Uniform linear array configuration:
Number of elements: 48
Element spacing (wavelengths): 0.75
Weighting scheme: hann
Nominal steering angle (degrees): -45
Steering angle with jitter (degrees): -44.048
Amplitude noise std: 0.05
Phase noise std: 0.05

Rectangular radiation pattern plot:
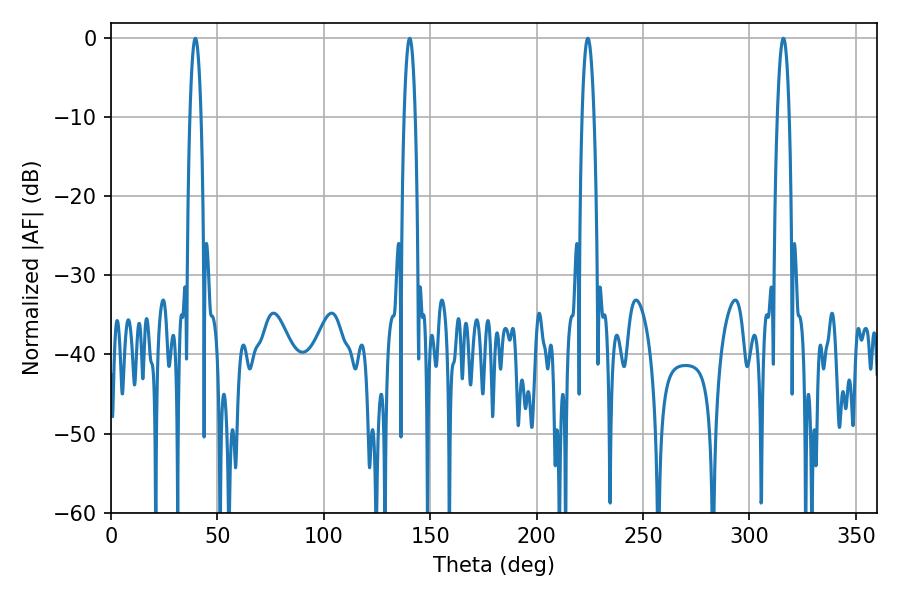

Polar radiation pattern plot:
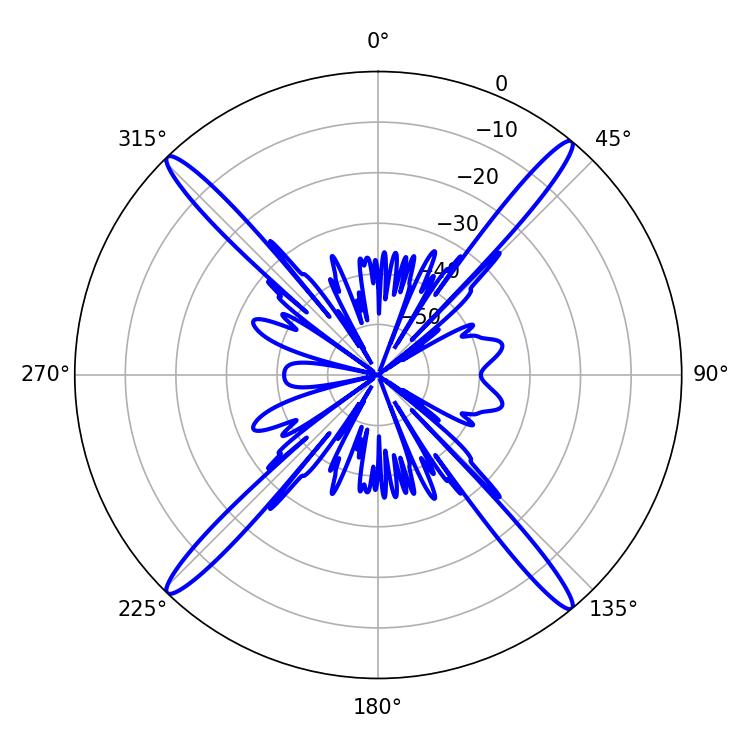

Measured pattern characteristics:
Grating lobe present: TRUE
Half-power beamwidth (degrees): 2.88
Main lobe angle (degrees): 39.6